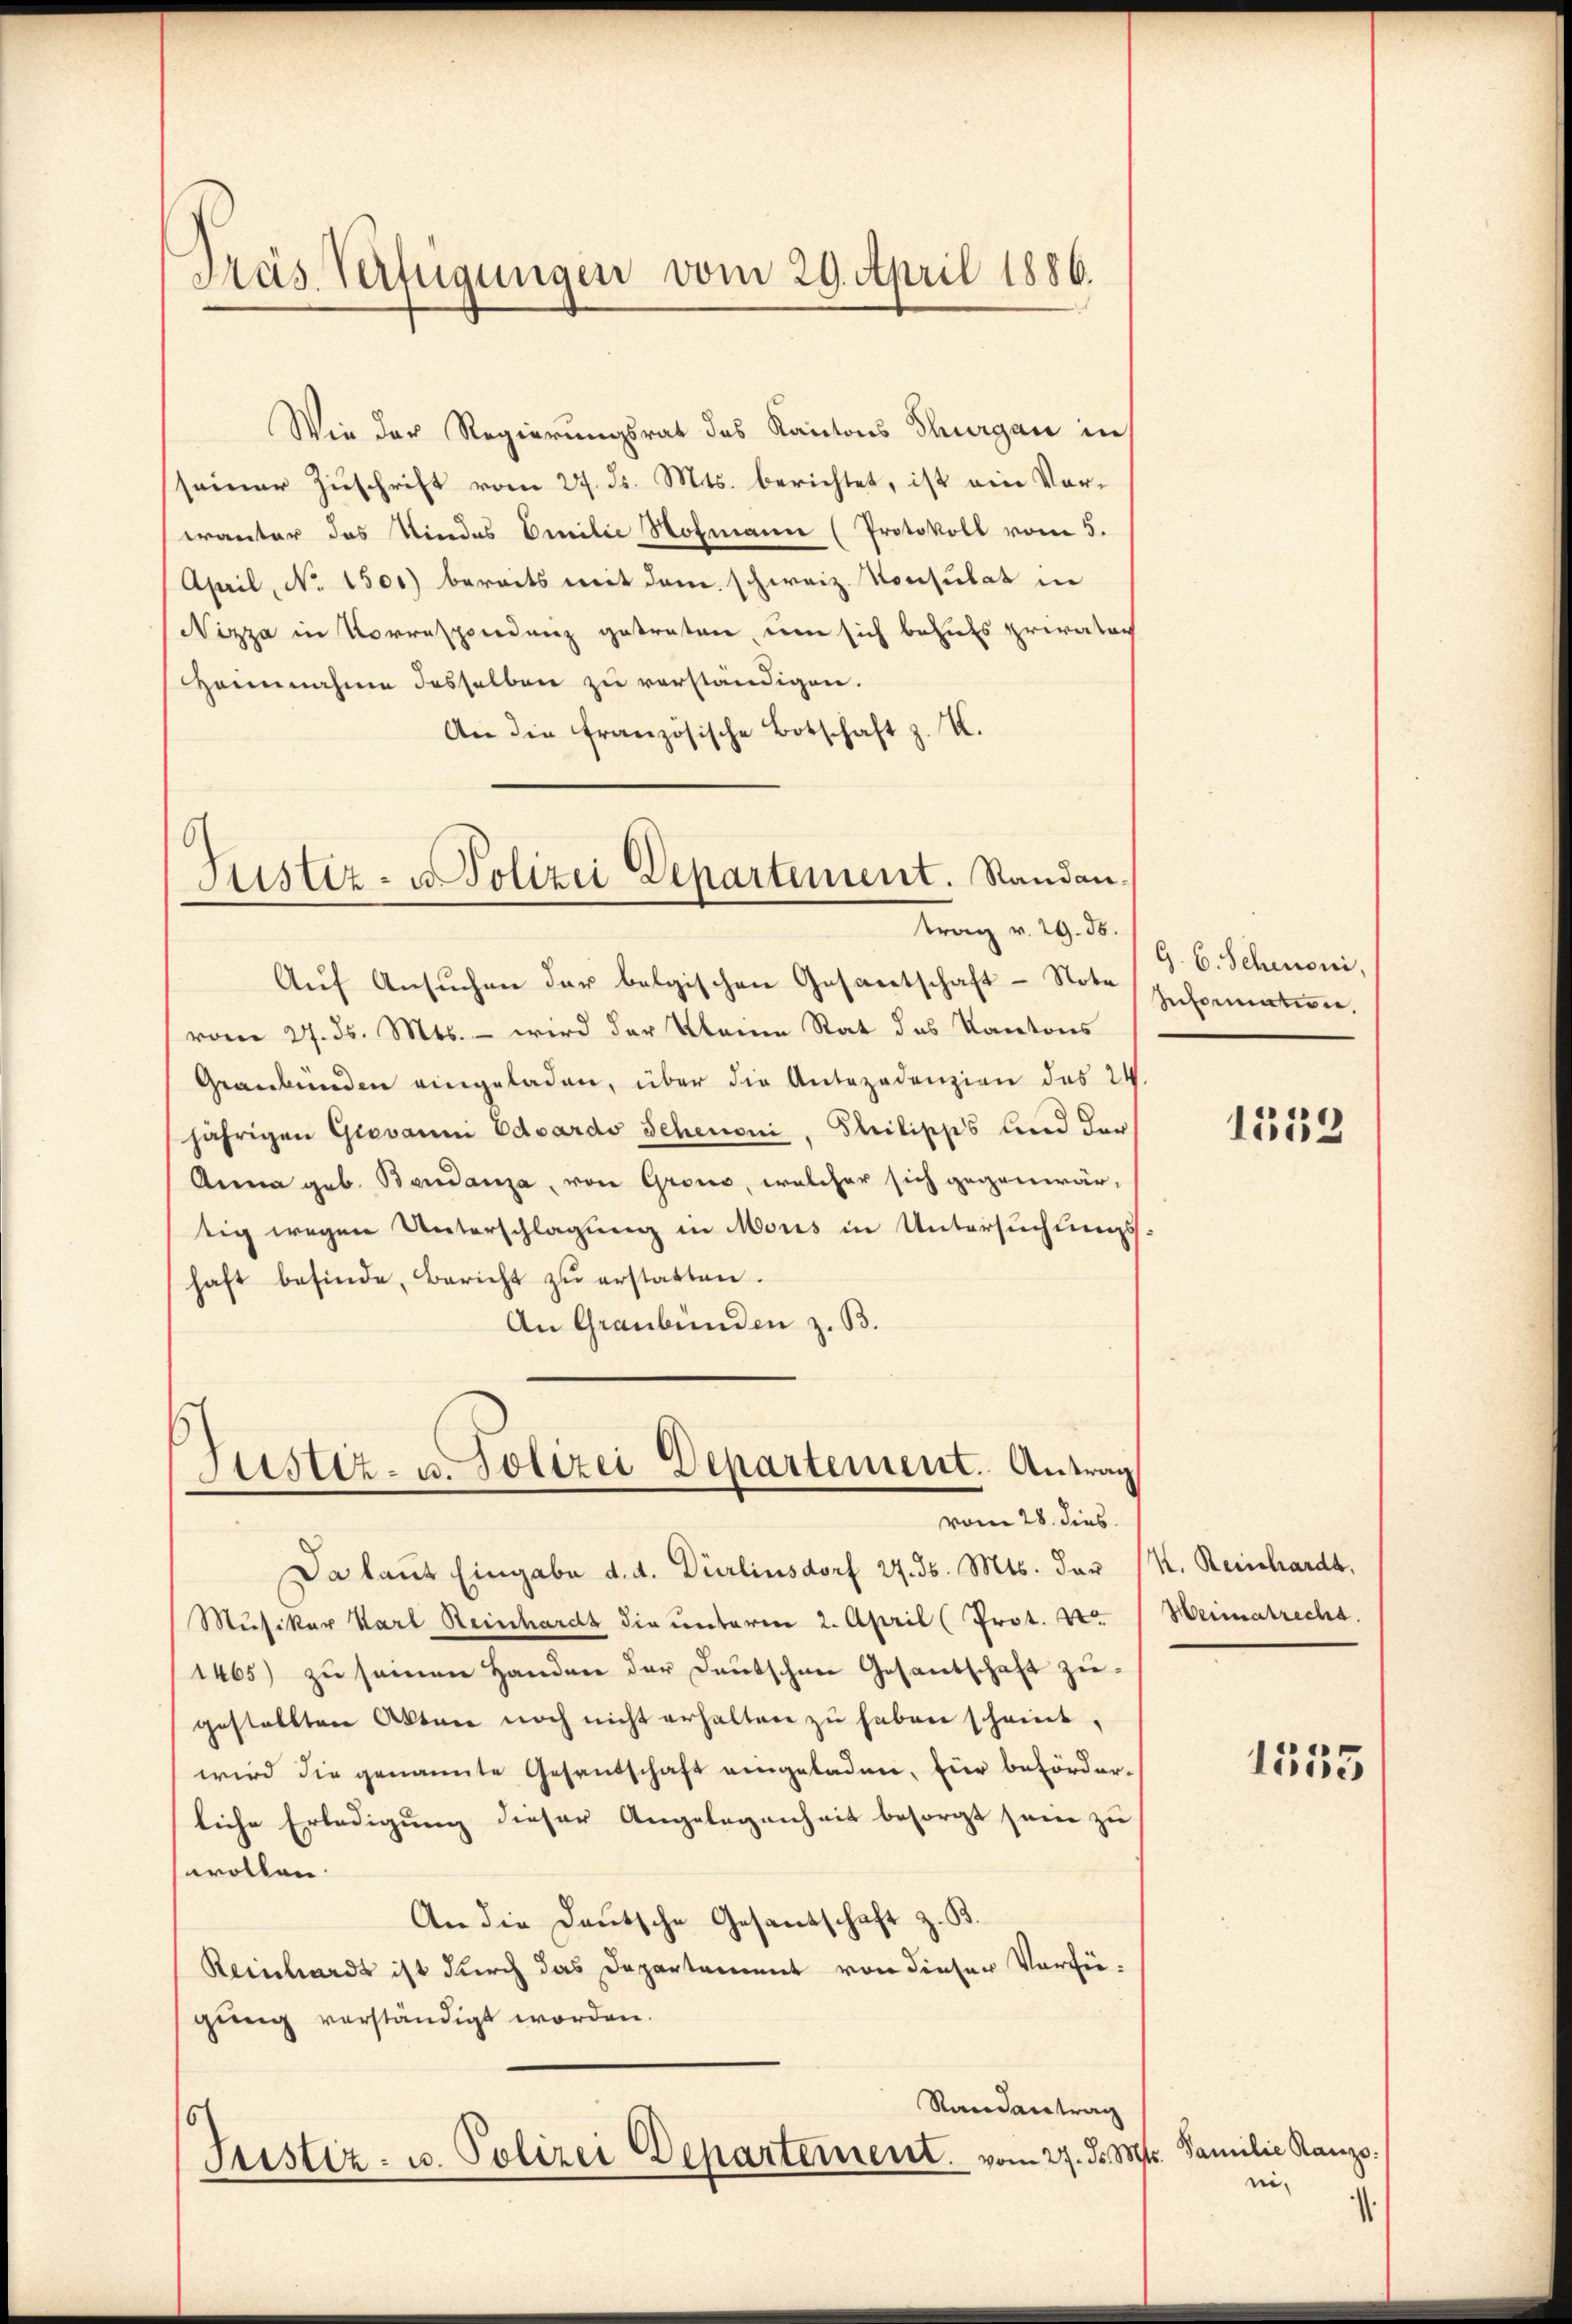
Pras Verfügungen vom 29. April 1886.

Wie der Regierungsrat des Kantons Thurgau in
seiner Zuschrift vom 27. d. Mts. berichtet, ist ein Voreranter das Kindes Emilie Hofmann (Protokoll vom 5.
April, No. 1501) bereits mit dem schweiz. Konsulat in
Nizza in Korrespondenz getreten, um sich behufs privatoch
Heinnahme desselben zu verständigen.
An die französische Botschaft z. K.

Aŭf Ansuchen der belgischen Gesantschaft-Note Informatern.
vom 27. ds. Mts. – wird der Kleine Rat das Kantons
Graubünden eingeladen, über die Antezadenzion das 24.
jährigen Giovanni Eduardo Scheuoni, Philipps lied der
Anna geb. Bendanza, von Grono, welcher sich gegenwär-
tig wegen Unterschlagung in Moris in Untersuchungs
haft befinde, Bericht zŭ erstatten.
An Graubünden z. B.

Justiz- u Polizei Departement. Randantrag v. 29. 30.

Justiz- u. Polizei Departement. Antrag
vom 28. dies.

Da laut Eingabe d. d. Dürlinsdorf 27. ds. Mts. der K. Reinhardt,
Musiker Karl Reinhardt die unterm 2. April (Prot. 2
1465) zu seinen Handen der Deutschen Gesantschaft zugestellten Akten noch nicht erhalten zu haben scheint.
wird die genannte Gesandschaft eingeladen, für beförderliche Erledigung dieser Angelegenheit besorgt sein zu
wollen.
An die Deutsche Gesandschaft z. B.
Reinhardt ist durch das Departement von dieser Verfügung verständigt worden.
Randantrag
6
Justiz- u. Polizei Departement vom 27. d. Mts. Familie Kanze

G. B. Scheuoni,

1559

Weimatrecht.

1555

ni¬